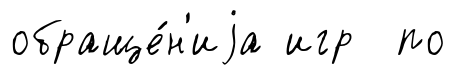
обраще́н'иjа игр по